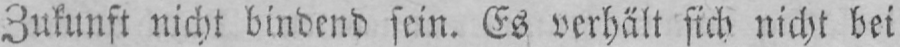
Zukunft nicht bindend sein. Es verhält sich nicht bei